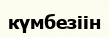
күмбезіін